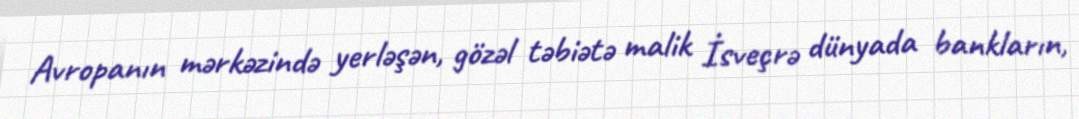
Avropanın mərkəzində yerləşən, gözəl təbiətə malik İsveçrə dünyada bankların,